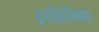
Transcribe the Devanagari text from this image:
इनव्हिजिबल